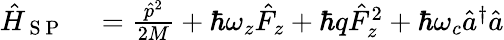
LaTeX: \begin{array}{rl}{\hat{H}_{\mathrm{~S~P~}}}&{{}=\frac{\hat{p}^{2}}{2M}+\hbar\omega_{z}\hat{F}_{z}+\hbar q\hat{F}_{z}^{2}+\hbar\omega_{c}\hat{a}^{\dagger}\hat{a}}\end{array}